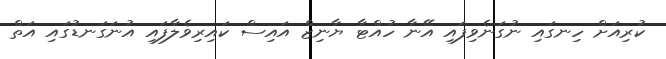
ކުރިއަށް ހިނގައި ނުގަނެވިފައި އޭނާ ހުއްޓާ ޔާނިޒް އައިސް ކައިރިވެލާފައި އުނަގަނޑުގައި އަތް